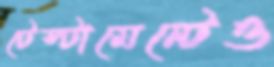
টেস্টামেন্টেও